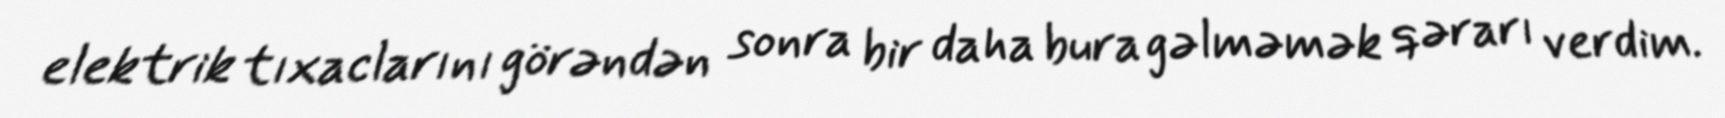
elektrik tıxaclarını görəndən sonra bir daha bura gəlməmək qərarı verdim.